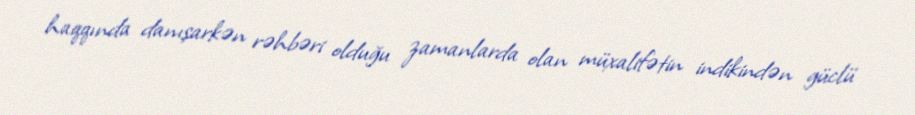
haqqında danışarkən rəhbəri olduğu zamanlarda olan müxalifətin indikindən güclü